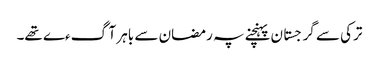
ترکی سے گرجستان پہنچنے پہ رمضان سے باہر آگءے تھے۔